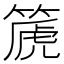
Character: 篪